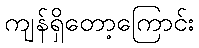
ကျန်ရှိတော့ကြောင်း